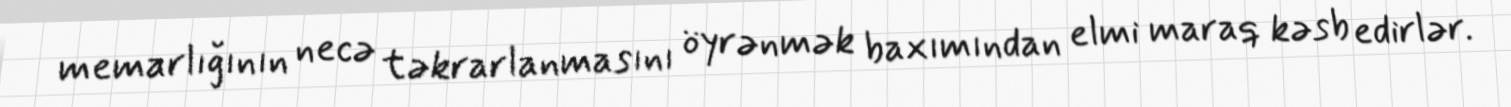
memarlığının necə təkrarlanmasını öyrənmək baxımından elmi maraq kəsb edirlər.